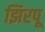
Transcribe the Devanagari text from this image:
झिरपू